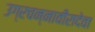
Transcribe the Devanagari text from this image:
उग्रचन्नावीरादेवा